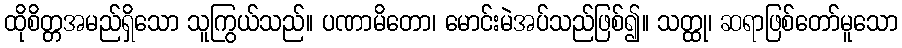
ထိုစိတ္တအမည်ရှိသော သူကြွယ်သည်။ ပဏာမိတော၊ မောင်းမဲအပ်သည်ဖြစ်၍။ သတ္ထု၊ ဆရာဖြစ်တော်မူသော